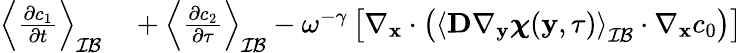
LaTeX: \begin{array}{rl}{\left\langle\frac{\partial c_{1}}{\partial t}\right\rangle_{\mathcal{IB}}}&{{}+\left\langle\frac{\partial c_{2}}{\partial\tau}\right\rangle_{\mathcal{IB}}-\omega^{-\gamma}\left[\nabla_{\mathbf{x}}\cdot\left(\left\langle\textbf{D}\nabla_{\mathbf y}\boldsymbol\chi(\mathbf y,\tau)\right\rangle_{\mathcal{IB}}\cdot\nabla_{\mathbf x}c_{0}\right)\right]}\end{array}